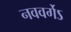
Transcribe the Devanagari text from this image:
नववर्गेऽ